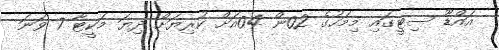
އައްޑޫ ސިޓީގައި މިމަހުގެ 02ން 04އަށް ކުރިޔަށް ދިޔަ މަކީޓާ 7 ވަނަ